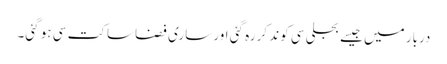
دربار میں جیسے بجلی سی کوند کر رہ گئی اور ساری فضا ساکت سی ہو گئی۔